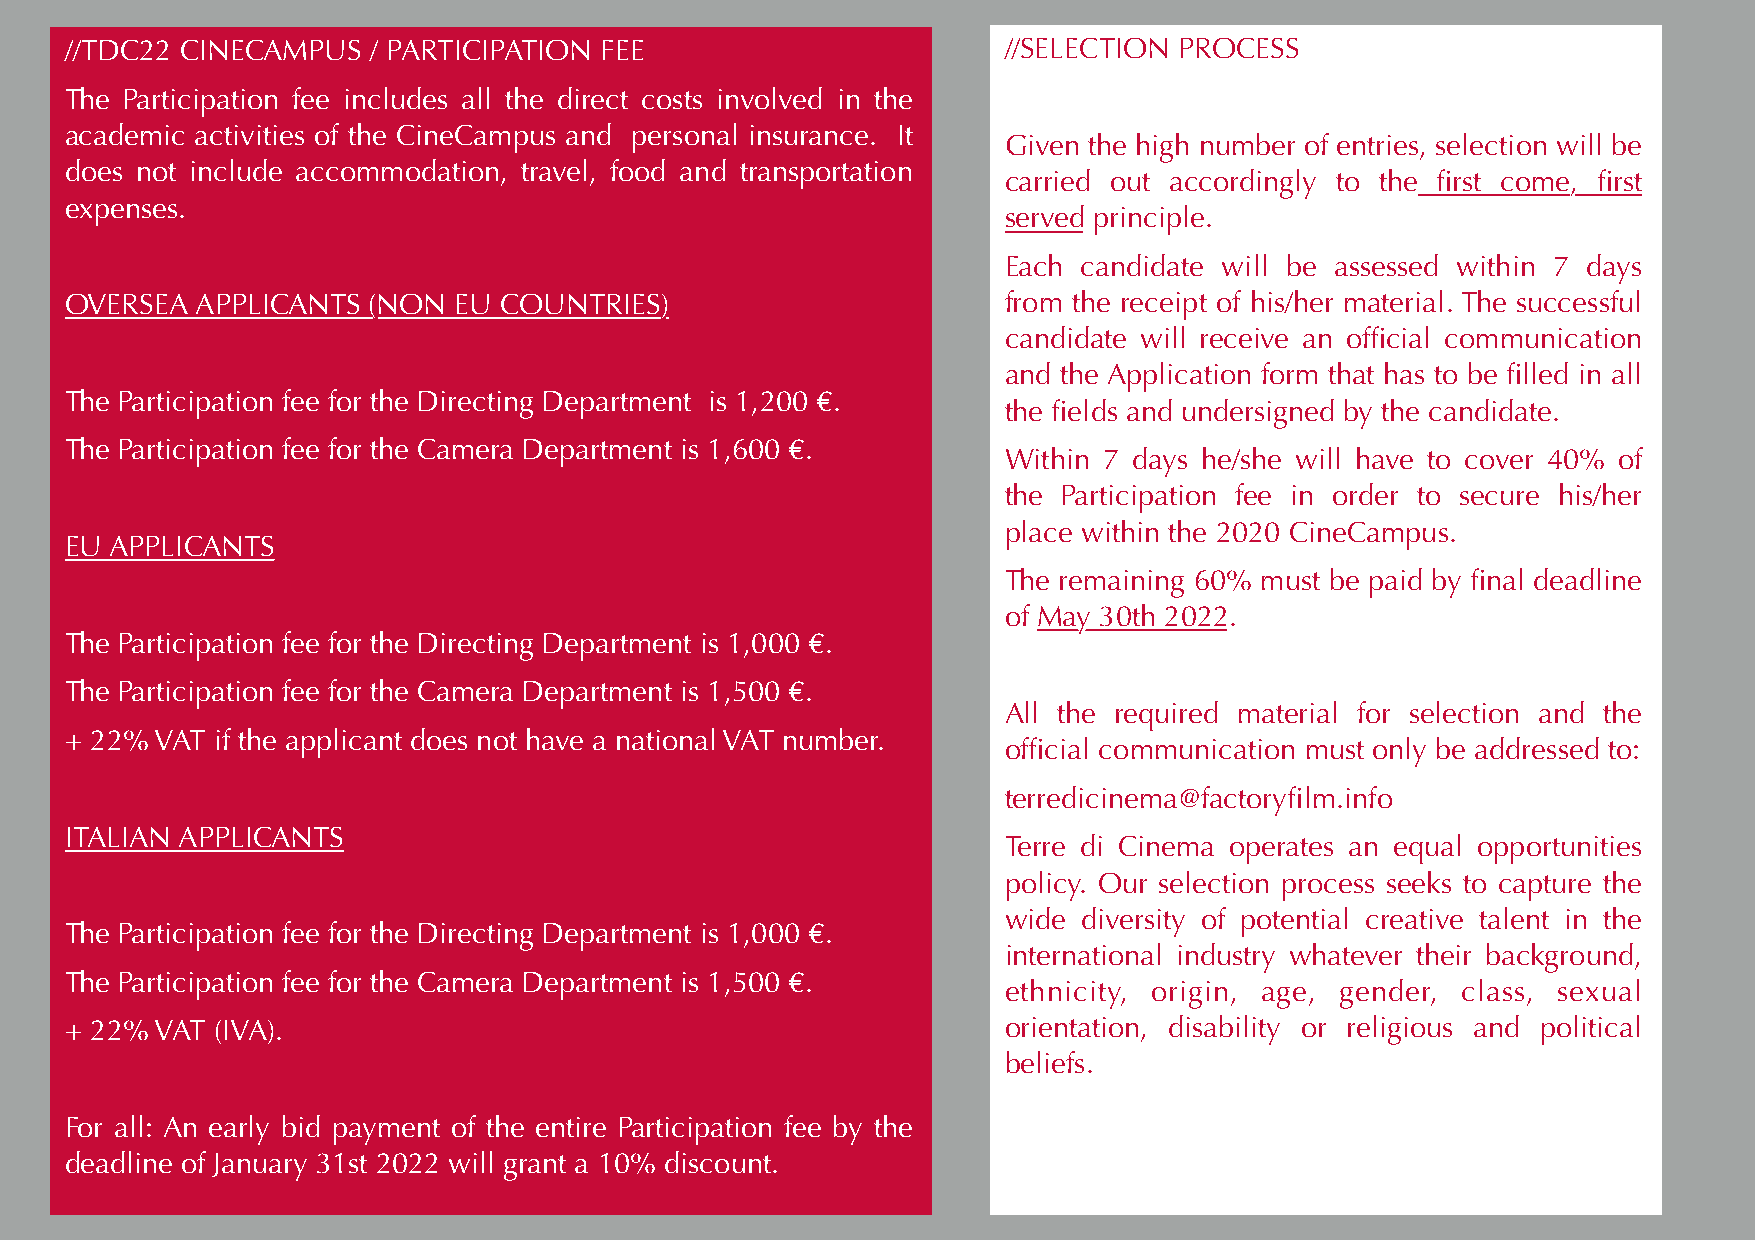
//TDC22 CINECAMPUS  / PARTICIPATION FEE                       //SELECTION PROCESS
 The Participation fee includes all the direct costs involved in the
 academic activities of the CineCampus and personal insurance. It
 Given the high number of entries, selection will be
 does not include accommodation, travel, food and transportation
 carried out accordingly to the first come, first
 expenses.
 served principle.
 Each  candidate will be assessed within 7 days
 OVERSEA  APPLICANTS (NON  EU COUNTRIES)                       from the receipt of his/her material. The successful
 candidate will receive an official communication
 and the Application form that has to be filled in all
 The Participation fee for the Directing Department is 1,200 €.
 the fields and undersigned by the candidate.
 The Participation fee for the Camera Department is 1,600 €.
 Within 7 days he/she will have to cover 40% of
 the Participation fee in order to secure his/her
 place within the 2020 CineCampus.
 EU APPLICANTS
 The remaining 60% must be paid by final deadline
 of May 30th 2022.
 The Participation fee for the Directing Department is 1,000 €.
 The Participation fee for the Camera Department is 1,500 €.
 All the required material for selection and the
 + 22% VAT if the applicant does not have a national VAT number.
 official communication must only be addressed to:
 terredicinema@factoryfilm.info
 ITALIAN APPLICANTS
 Terre di Cinema operates an equal opportunities
 policy. Our selection process seeks to capture the
 wide  diversity of potential creative talent in the
 The Participation fee for the Directing Department is 1,000 €.
 international industry whatever their background,
 The Participation fee for the Camera Department is 1,500 €.
 ethnicity, origin, age, gender, class, sexual
 + 22% VAT (IVA).                                              orientation, disability or religious and political
 beliefs.
 For all: An early bid payment of the entire Participation fee by the
 deadline of January 31st 2022 will grant a 10% discount.